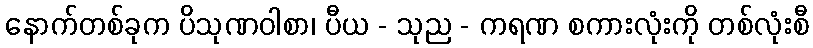
နောက်တစ်ခုက ပိသုဏဝါစာ၊ ပီယ - သုည - ကရဏ စကားလုံးကို တစ်လုံးစီ